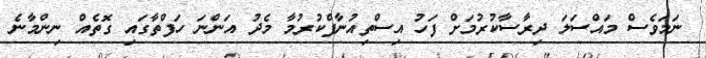
ނަމަވެސް މައްސަލަ ދިރާސާކުރުމަށް ފަހު އިސްތިއުނާފްކުރުމާ މެދު އަންނަ ހަފްތާގައި ގޮތެއް ނިންމާނެ